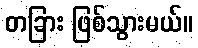
တခြား ဖြစ်သွားမယ်။